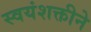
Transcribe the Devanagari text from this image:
स्वयंशक्तीने